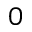
0